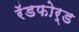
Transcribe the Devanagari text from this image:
रॅडफोर्ड